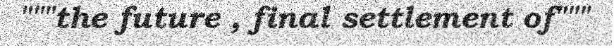
"""the future , final settlement of"""